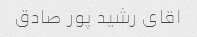
اقای رشید پور صادق